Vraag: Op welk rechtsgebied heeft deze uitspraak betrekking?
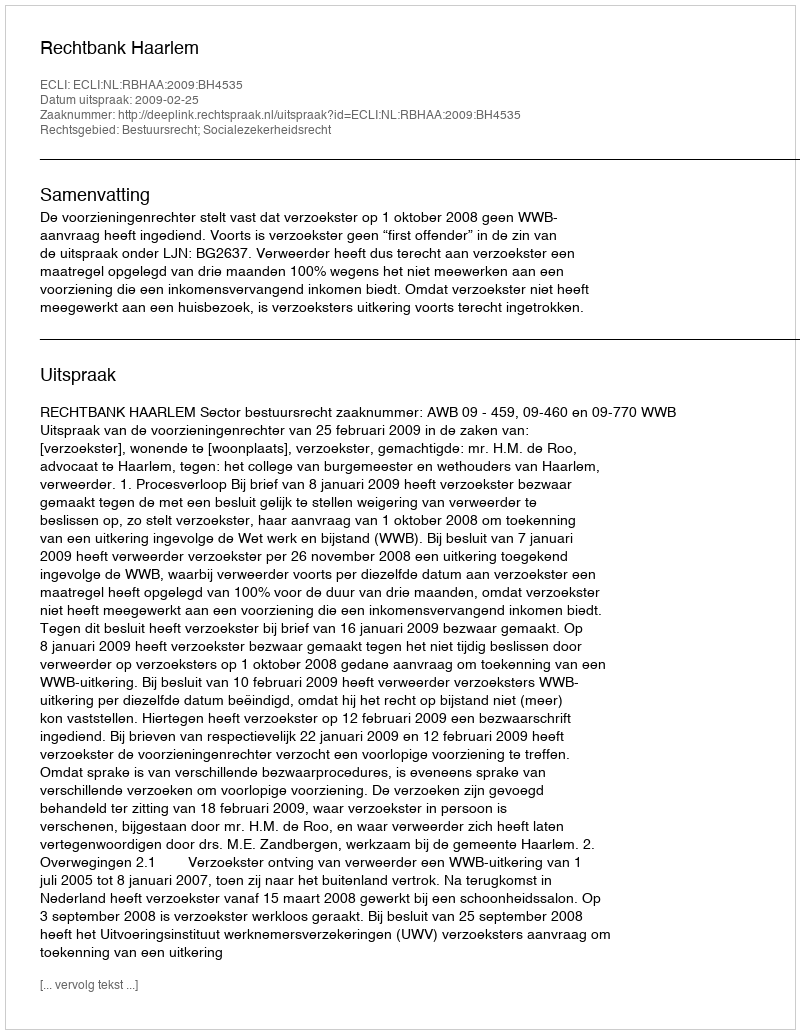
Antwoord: Bestuursrecht; Socialezekerheidsrecht